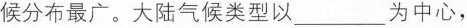
候分布最广。大陆气候类型以 ___ 为中心，